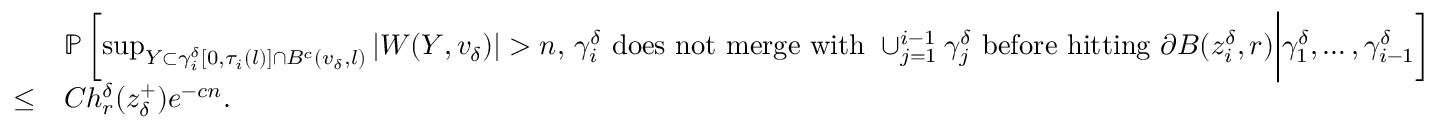
\begin{array} { r l } & { \mathbb { P } \left[ \operatorname* { s u p } _ { Y \subset \gamma _ { i } ^ { \delta } [ 0 , \tau _ { i } ( l ) ] \cap B ^ { c } ( v _ { \delta } , l ) } | W ( Y , v _ { \delta } ) | > n , \, \gamma _ { i } ^ { \delta } \mathrm { ~ d o e s ~ n o t ~ m e r g e ~ w i t h ~ } \cup _ { j = 1 } ^ { i - 1 } \gamma _ { j } ^ { \delta } \mathrm { ~ b e f o r e ~ h i t t i n g ~ } \partial B ( z _ { i } ^ { \delta } , r ) \bigg | \gamma _ { 1 } ^ { \delta } , \ldots , \gamma _ { i - 1 } ^ { \delta } \right] } \\ { \le } & { C h _ { r } ^ { \delta } ( z _ { \delta } ^ { + } ) e ^ { - c n } . } \end{array}